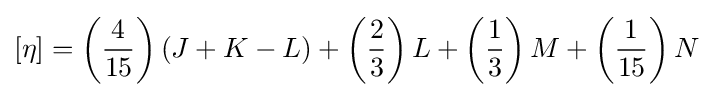
\left[\eta \right]=\left({\frac {4}{15}}\right)(J+K-L)+\left({\frac {2}{3}}\right)L+\left({\frac {1}{3}}\right)M+\left({\frac {1}{15}}\right)N